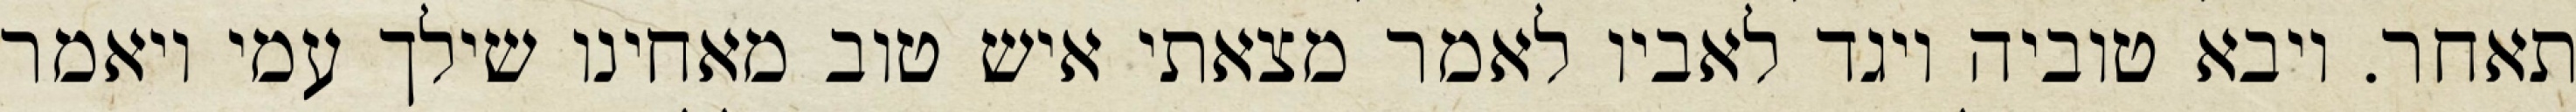
תאחר. ויבא טוביה ויגד לאביו לאמר מצאתי איש טוב מאחינו שילך עמי ויאמר